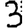
Digit: 3